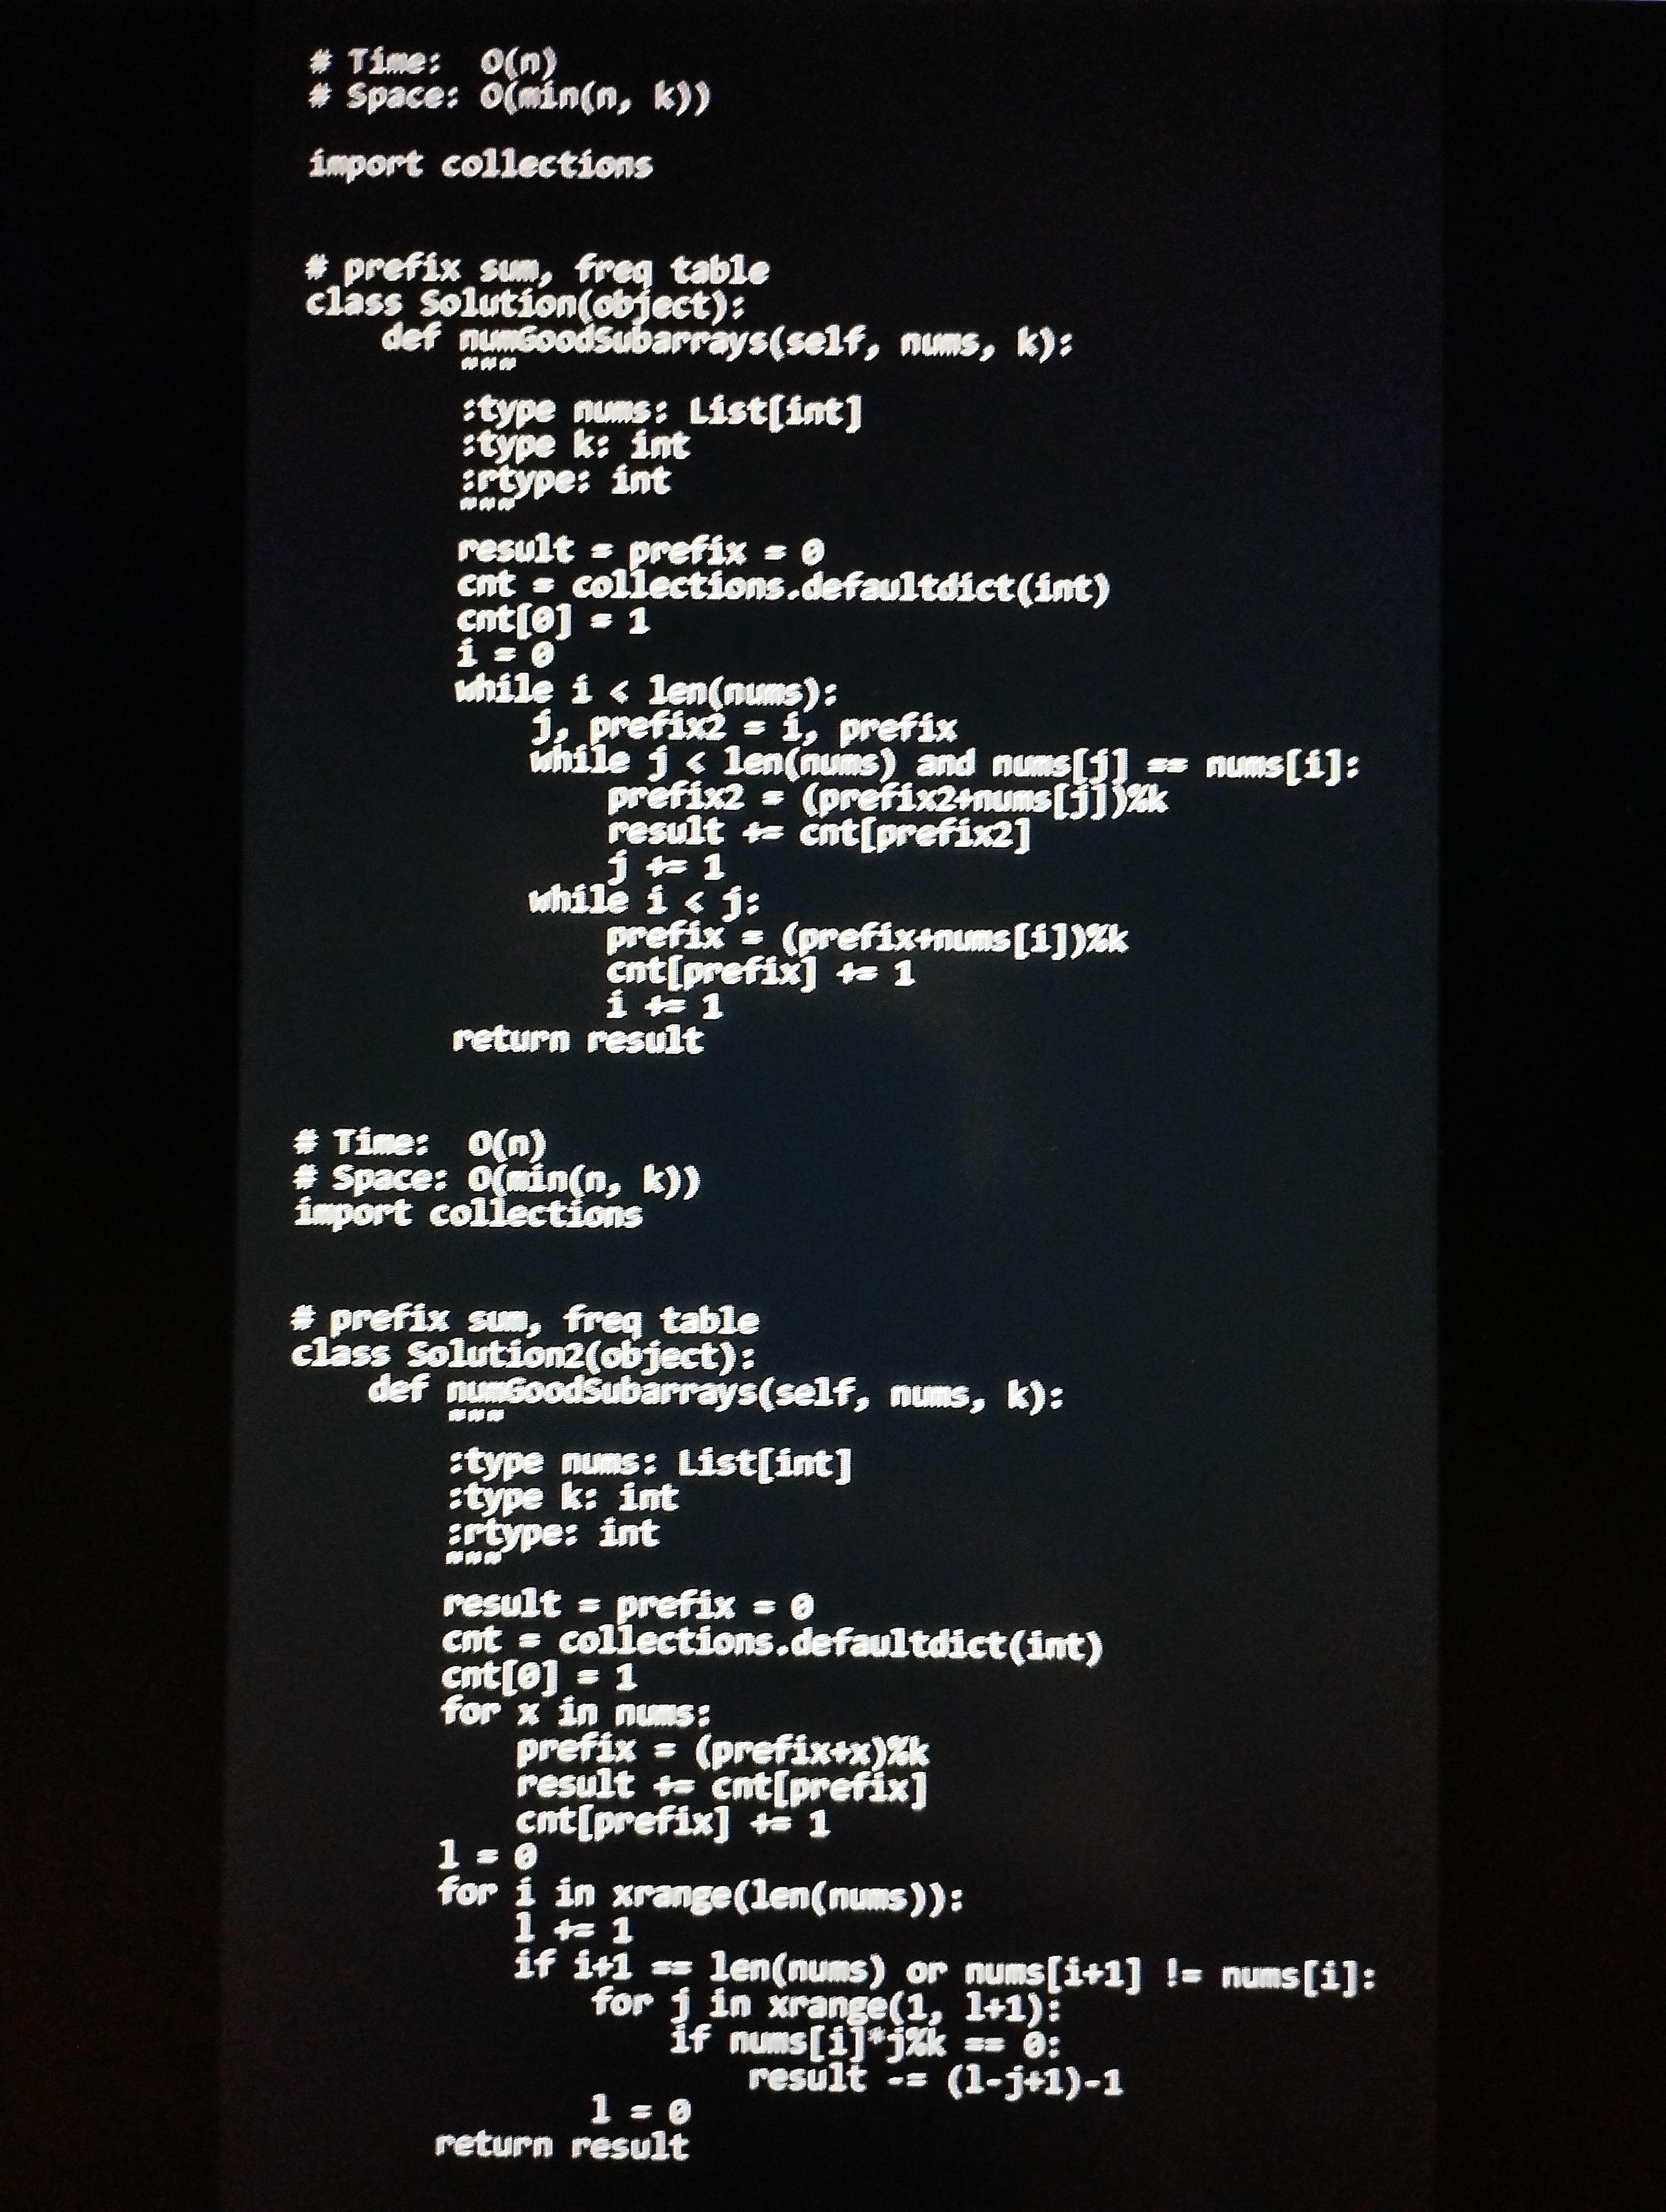
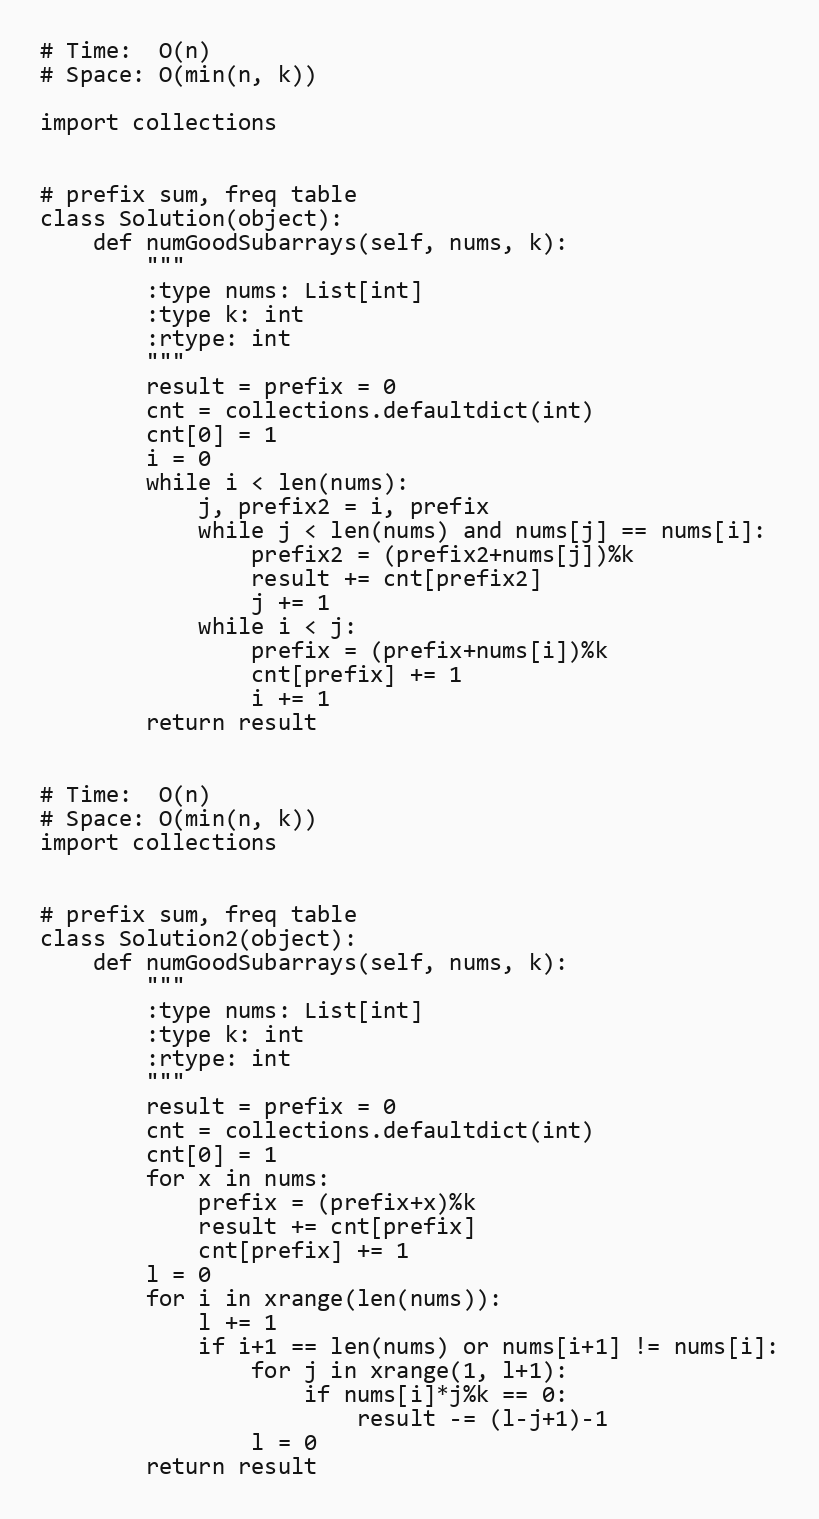
# Time:  O(n)
# Space: O(min(n, k))

import collections

# prefix sum, freq table
class Solution(object):
    def numGoodSubarrays(self, nums, k):
        """
        :type nums: List[int]
        :type k: int
        :rtype: int
        """
        result = prefix = 0
        cnt = collections.defaultdict(int)
        cnt[0] = 1
        i = 0
        while i < len(nums):
            j, prefix2 = i, prefix
            while j < len(nums) and nums[j] == nums[i]:
                prefix2 = (prefix2+nums[j])%k
                result += cnt[prefix2]
                j += 1
            while i < j:
                prefix = (prefix+nums[i])%k
                cnt[prefix] += 1
                i += 1
        return result

# Time:  O(n)
# Space: O(min(n, k))
import collections

# prefix sum, freq table
class Solution2(object):
    def numGoodSubarrays(self, nums, k):
        """
        :type nums: List[int]
        :type k: int
        :rtype: int
        """
        result = prefix = 0
        cnt = collections.defaultdict(int)
        cnt[0] = 1
        for x in nums:
            prefix = (prefix+x)%k
            result += cnt[prefix]
            cnt[prefix] += 1
        l = 0
        for i in xrange(len(nums)):
            l += 1
            if i+1 == len(nums) or nums[i+1] != nums[i]:
                for j in xrange(1, l+1):
                    if nums[i]*j%k == 0:
                        result -= (l-j+1)-1
                l = 0
        return result